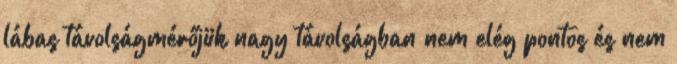
lábas távolságmérőjük nagy távolságban nem elég pontos és nem